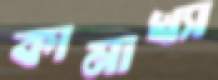
কামাখ্যা